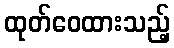
ထုတ်ဝေထားသည့်